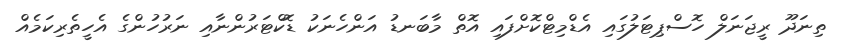
ތިނަދޫ ރީޖަނަލް ހޮސްޕިޓަލުގައި އެޑްމިޓްކޮށްފައި އޮތް މާބަނޑު އަންހެނަކު ޑޮކްޓަރުންނާއި ނަރުހުންގެ އެހީތެރިކަމެއް